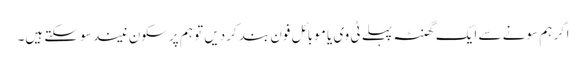
اگر ہم سونے سے ایک گھنٹہ پہلے ٹی وی یا موبائل فون بند کردیں تو ہم پرسکون نیند سو سکتے ہیں۔